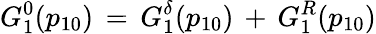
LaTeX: G_{1}^{0}(p_{10})\, =\, G_{1}^{\delta}(p_{10})\, +\, G_{1}^{R}(p_{10})